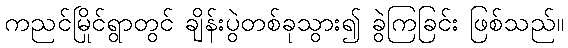
ကညင်မြိုင်ရွာတွင် ချိန်းပွဲတစ်ခုသွား၍ ခွဲကြခြင်း ဖြစ်သည်။